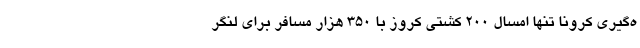
ه‌گیری کرونا تنها امسال 200 کشتی کروز با 350 هزار مسافر برای لنگر